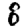
Digit: 8